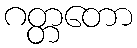
ဂတ္တတော